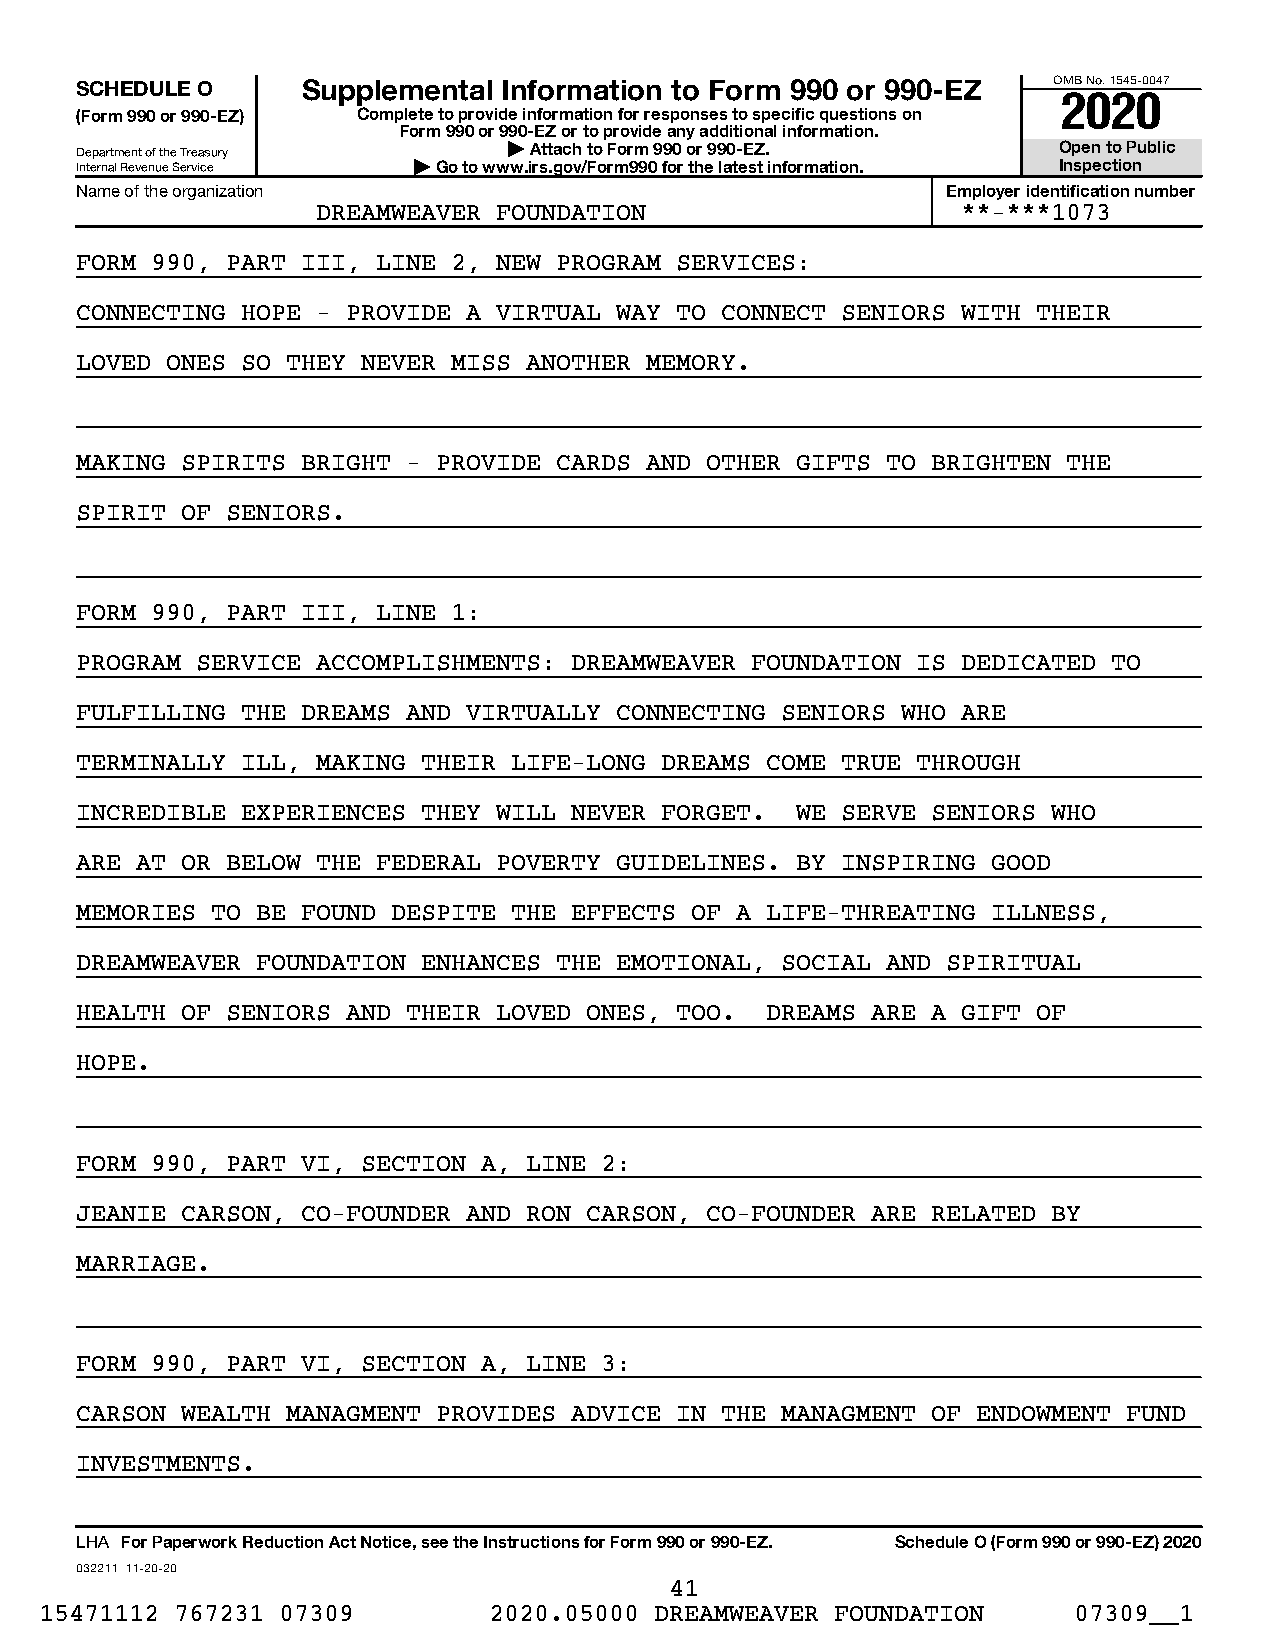
SCHEDULE O     Supplemental Information to Form 990 or 990-EZ    OMB No. 1545-0047
 2020
 (Form 990 or 990-EZ) Complete to provide information for responses to specific questions on
 Form 990 or 990-EZ or to provide any additional information.
 Department of the Treasury   | Attach to Form 990 or 990-EZ.     Open to Public
 Internal Revenue Service | Go to www.irs.gov/Form990 for the latest information. Inspection
 Name of the organization                                  Employer identification number
 DREAMWEAVER FOUNDATION                     **-***1073
 FORM 990, PART III, LINE 2, NEW PROGRAM SERVICES:
 CONNECTING HOPE - PROVIDE A VIRTUAL WAY TO CONNECT SENIORS WITH THEIR
 LOVED ONES SO THEY NEVER MISS ANOTHER MEMORY.
 MAKING SPIRITS BRIGHT - PROVIDE CARDS AND OTHER GIFTS TO BRIGHTEN THE
 SPIRIT OF SENIORS.
 FORM 990, PART III, LINE 1:
 PROGRAM SERVICE ACCOMPLISHMENTS: DREAMWEAVER FOUNDATION IS DEDICATED TO
 FULFILLING THE DREAMS AND VIRTUALLY CONNECTING SENIORS WHO ARE
 TERMINALLY ILL, MAKING THEIR LIFE-LONG DREAMS COME TRUE THROUGH
 INCREDIBLE EXPERIENCES THEY WILL NEVER FORGET.  WE SERVE SENIORS WHO
 ARE AT OR BELOW THE FEDERAL POVERTY GUIDELINES. BY INSPIRING GOOD
 MEMORIES TO BE FOUND DESPITE THE EFFECTS OF A LIFE-THREATING ILLNESS,
 DREAMWEAVER FOUNDATION ENHANCES THE EMOTIONAL, SOCIAL AND SPIRITUAL
 HEALTH OF SENIORS AND THEIR LOVED ONES, TOO.  DREAMS ARE A GIFT OF
 HOPE.
 FORM 990, PART VI, SECTION A, LINE 2:
 JEANIE CARSON, CO-FOUNDER AND RON CARSON, CO-FOUNDER ARE RELATED BY
 MARRIAGE.
 FORM 990, PART VI, SECTION A, LINE 3:
 CARSON WEALTH MANAGMENT PROVIDES ADVICE IN THE MANAGMENT OF ENDOWMENT FUND
 INVESTMENTS.
 LHA For Paperwork Reduction Act Notice, see the Instructions for Form 990 or 990-EZ. Schedule O (Form 990 or 990-EZ) 2020
 032211 11-20-20
 41
 15471112 767231 07309        2020.05000 DREAMWEAVER FOUNDATION      07309__1